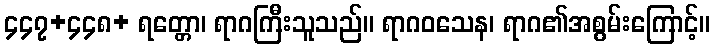
၄၄၇+၄၄၈+ ရတ္တော၊ ရာဂကြီးသူသည်။ ရာဂဝသေန၊ ရာဂ၏အစွမ်းကြောင့်။